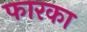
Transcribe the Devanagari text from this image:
फारका